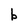
Character: b